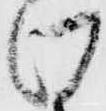
け